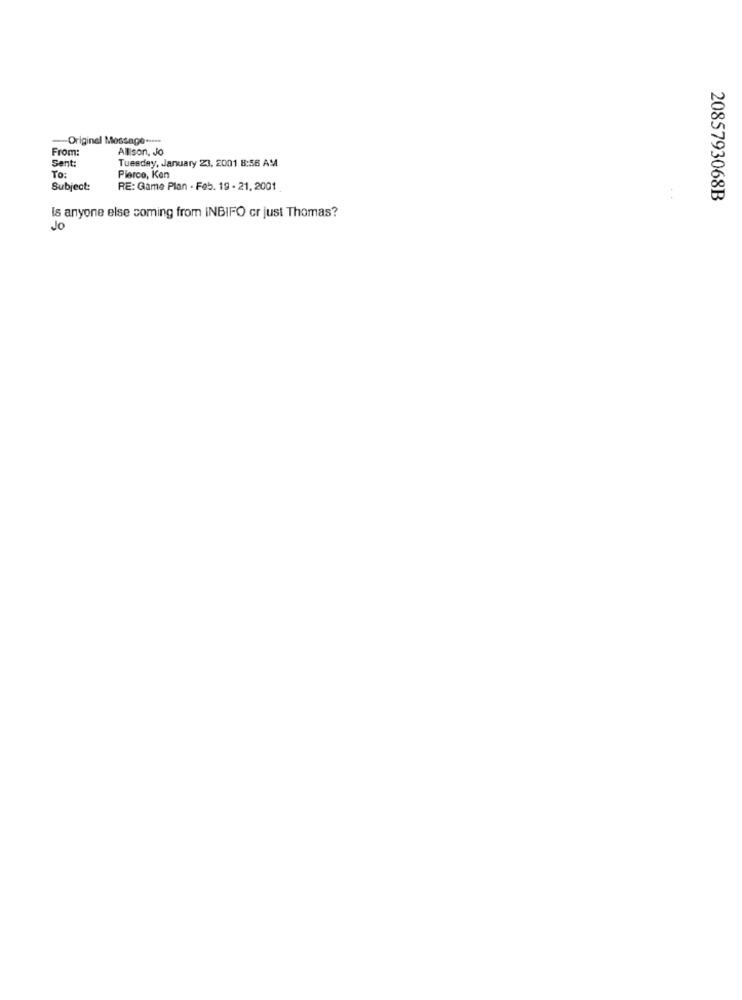
-Original Message -----
From:
Allison, Jo
Sent:
Tuesday, January 23, 2001 8:56 AM
To:
Plerce, Ken
Subject:
RE: Game Plan - Feb. 19 - 21, 2001
2085793068B
Is anyone else coming from INBIFO cr just Thomas?
JO